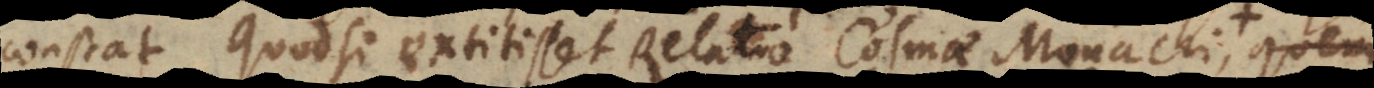
constat. Quodsi extitisset Relatio Cosmae Monachi, quam